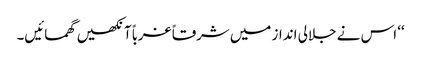
‘‘ اس نے جلالی انداز میں شرقاً غرباً آنکھیں گھمائیں۔